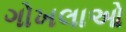
ગોખલાઓ